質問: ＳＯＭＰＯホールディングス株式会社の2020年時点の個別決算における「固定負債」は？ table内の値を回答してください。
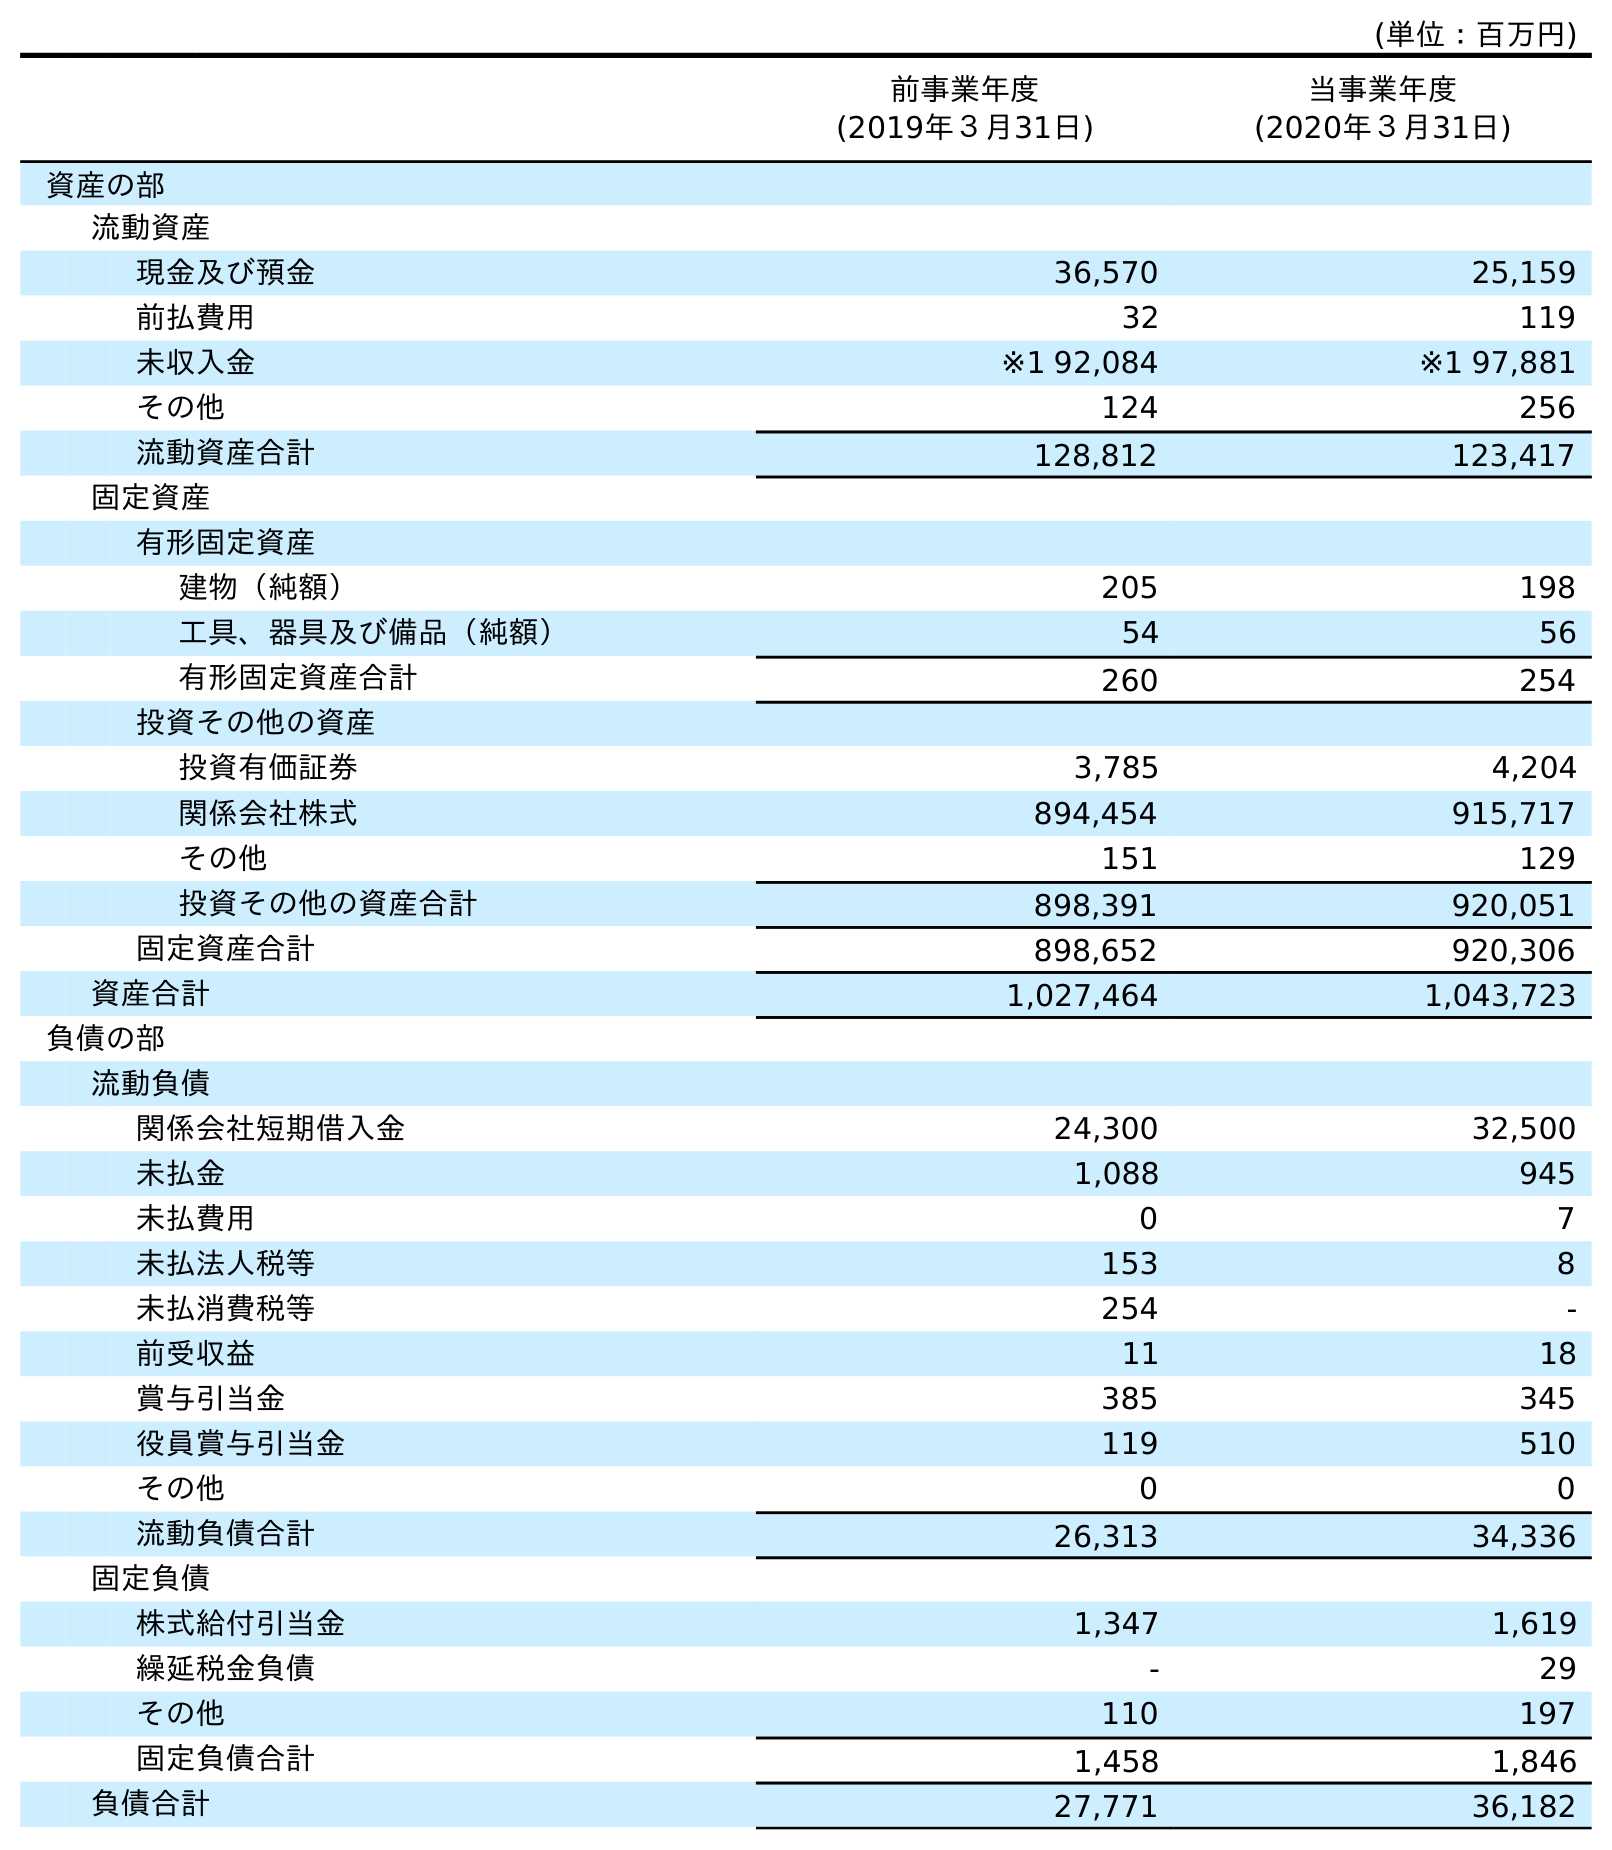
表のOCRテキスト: (単位：百万円) 前事業年度 (2019年３月31日) 当事業年度 (2020年３月31日) 資産の部 流動資産 現金及び預金 36,570 25,159 前払費用 32 119 未収入金 ※1 92,084 ※1 97,881 その他 124 256 流動資産合計 128,812 123,417 固定資産 有形固定資産 建物（純額） 205 198 工具、器具及び備品（純額） 54 56 有形固定資産合計 260 254 投資その他の資産 投資有価証券 3,785 4,204 関係会社株式 894,454 915,717 その他 151 129 投資その他の資産合計 898,391 920,051 固定資産合計 898,652 920,306 資産合計 1,027,464 1,043,723 負債の部 流動負債 関係会社短期借入金 24,300 32,500 未払金 1,088 945 未払費用 0 7 未払法人税等 153 8 未払消費税等 254 - 前受収益 11 18 賞与引当金 385 345 役員賞与引当金 119 510 その他 0 0 流動負債合計 26,313 34,336 固定負債 株式給付引当金 1,347 1,619 繰延税金負債 - 29 その他 110 197 固定負債合計 1,458 1,846 負債合計 27,771 36,182
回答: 1,846